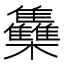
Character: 雧